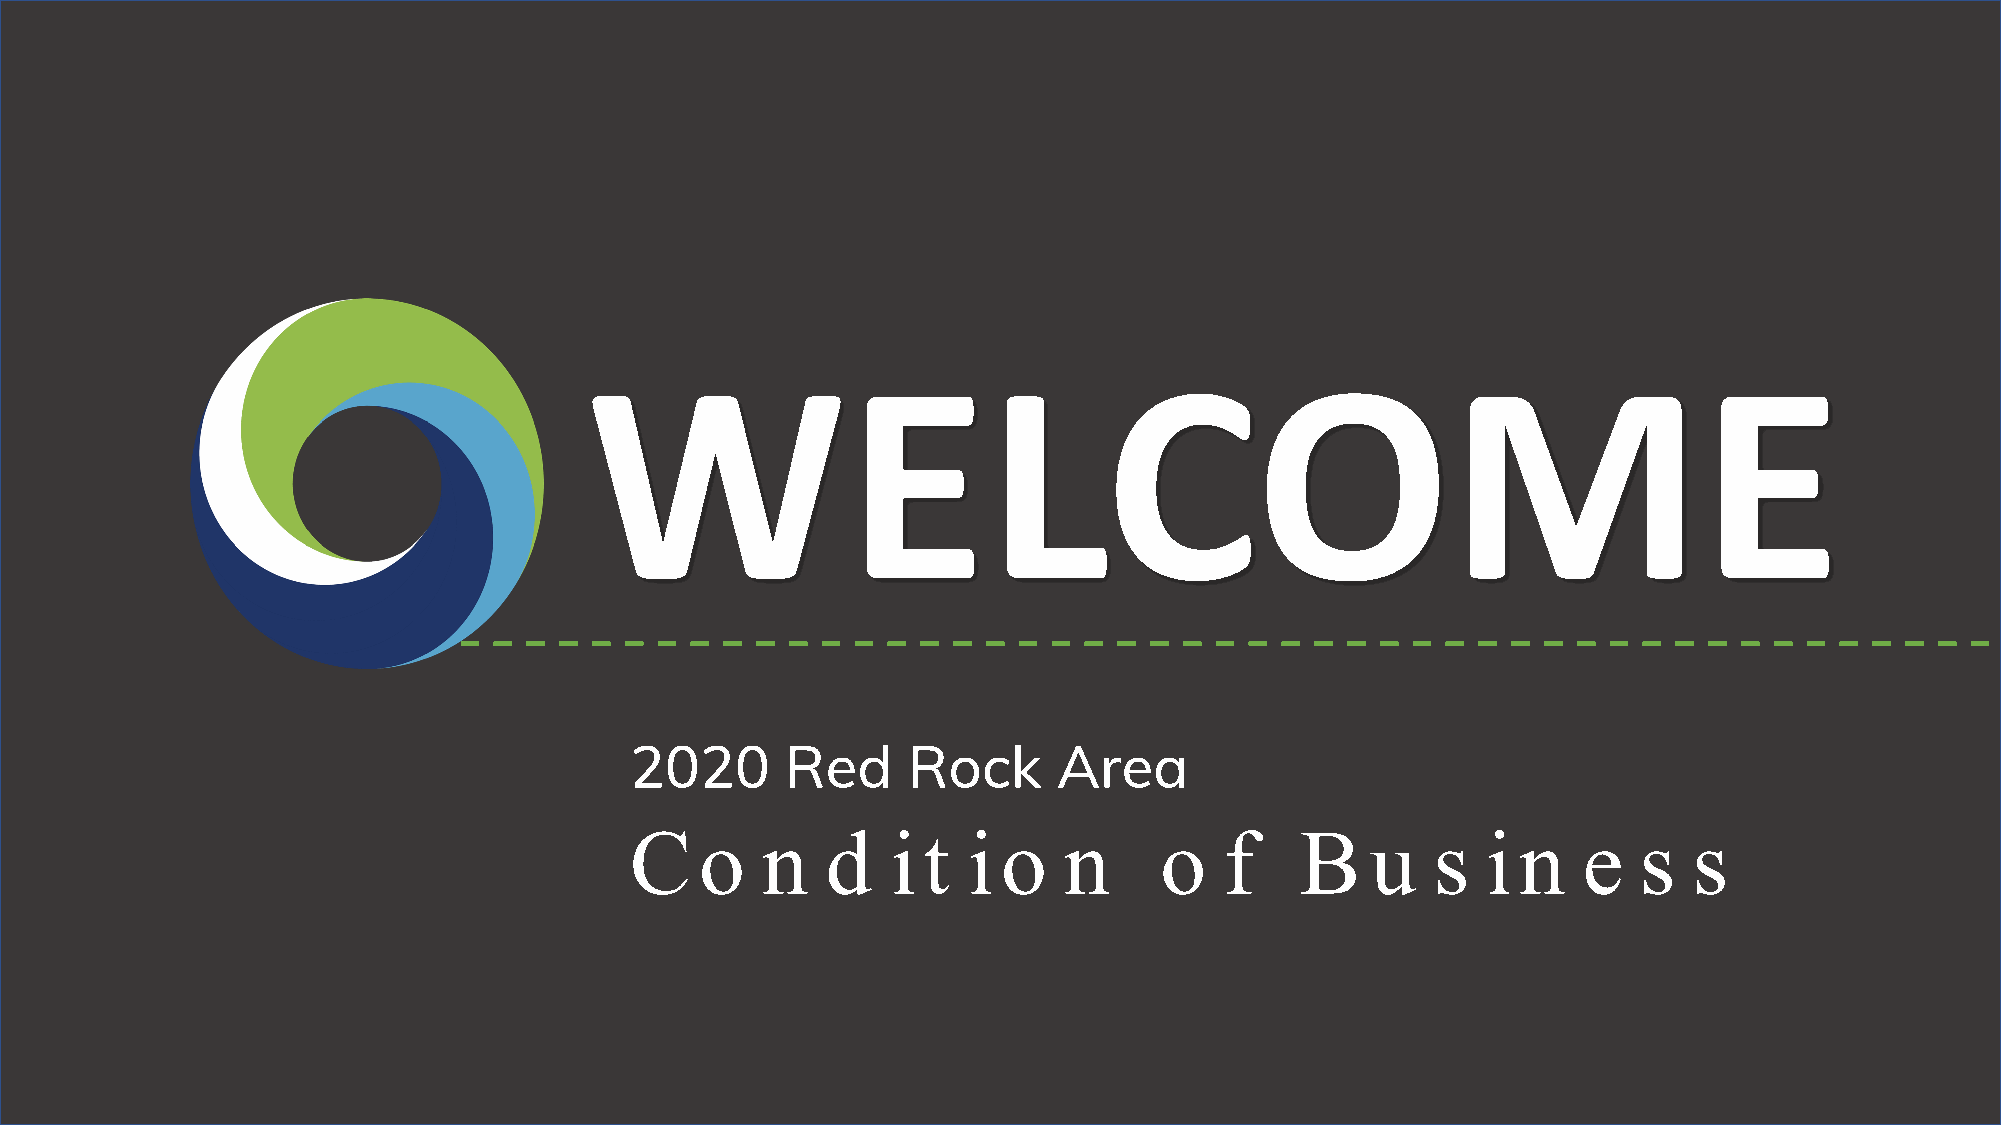
WELCOME
 2020      Red     Rock      Area
 C   o   n    d   i t  i o   n      o   f    B    u   s  i  n   e  s   s
 1